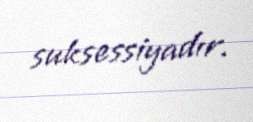
suksessiyadır.